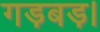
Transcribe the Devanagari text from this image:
गड़बड़।